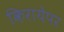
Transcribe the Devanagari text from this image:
किरायेपर